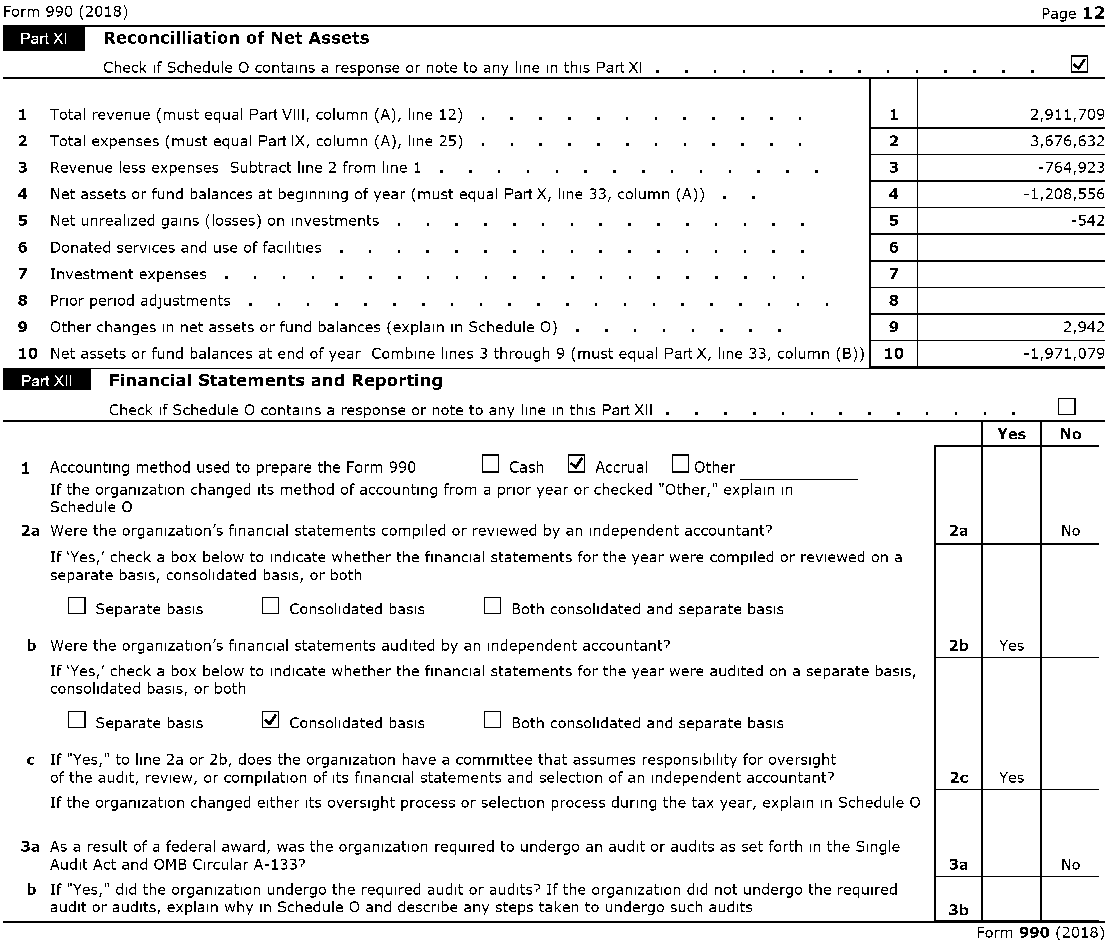
Form 990 (2018)                                                      Page 12
 1:tffli31 Reconcilliation of Net Assets
 Check If Schedule 0 contains a response or note to any line In this Part XI
 1 Total revenue (must equal Part VIII, column (A), line 12) 1      2,911,709
 2 Total expenses (must equal Part IX, column (A), line 25) 2       3,676,632
 3 Revenue less expenses Subtract line 2 from line 1       3         -764,923
 4 Net assets or fund balances at beginning of year (must equal Part X, line 33, column (A)) 4 -1,208,556
 5 Net unrealized gains (losses) on Investments            5           -542
 6 Donated services and use of facilities                  6
 7 Investment expenses                                     7
 8 Prior period adjustments                                8
 9 Other changes In net assets or fund balances (explain In Schedule 0) 9 2,942
 10 Net assets or fund balances at end of year Combine lines 3 through 9 (must equal Part X, line 33, column (B)) 10 -1,971,079
 .
 -    Financial Statements and Reporting
 D
 Check If Schedule 0 contains a response or note to any line In this Part XII •
 Yes No
 D           D
 1 Accounting method used to prepare the Form 990 Cash ~ Accrual Other
 If the organization changed ItS method of accounting from a prior year or checked "Other." explain In
 Schedule 0
 2a Were the organization's financial statements compiled or reviewed by an Independent accountant? 2a No
 If 'Yes: check a box below to indicate whether the financial statements for the year were compiled or reviewed on a
 separate basIs, consolidated basIs, or both
 D            D              D
 Separate basIs Consolidated basIs Both consolidated and sepa rate basIs
 b Were the organization's financial statements audited by an Independent accountant? 2b Yes
 If 'Yes: check a box below to indicate whether the financial statements for the year were audited on a separate basIs,
 consolidated basIs, or both
 D                           D
 Separate basIs ~ Consolidated basIs Both consolidated and sepa rate basIs
 c If "Yes." to line 2a or 2b, does the organization have a committee that assumes responsibility for oversight
 of the audit, reView, or compilation of ItS financial statements and selection of an Independent accountant? 2c Yes
 If the organization changed either ItS oversight process or selection process dUring the tax year, explain In Schedule 0
 3a As a result of a federal award, was the organization required to undergo an audit or audits as set forth In the Single
 Audit Act and OMB Circular A-l33?                           3a     No
 b If "Yes." did the organization undergo the required audit or audits? If the organization did not undergo the required
 audit or audits, explain why In Schedule 0 and describe any steps taken to undergo such audits 3b
 Form 990 2018